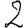
Digit: 2